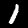
Digit: 1